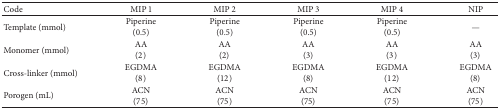
<table><thead><tr><td><b>Code</b></td><td><b>MIP 1</b></td><td><b>MIP 2</b></td><td><b>MIP 3</b></td><td><b>MIP 4</b></td><td><b>NIP </b></td></tr></thead><tbody><tr><td>Template (mmol)</td><td>Piperine(0.5)</td><td>Piperine(0.5)</td><td>Piperine(0.5)</td><td>Piperine(0.5)</td><td>—</td></tr><tr><td>Monomer (mmol)</td><td>AA (2)</td><td>AA (2)</td><td>AA (3)</td><td>AA(3)</td><td>AA (3)</td></tr><tr><td>Cross-linker (mmol)</td><td>EGDMA(8)</td><td>EGDMA(12)</td><td>EGDMA(8)</td><td>EGDMA(12)</td><td>EGDMA(8)</td></tr><tr><td>Porogen (mL)</td><td>ACN(75)</td><td>ACN(75)</td><td>ACN(75)</td><td>ACN(75)</td><td>ACN(75)</td></tr></tbody></table>